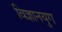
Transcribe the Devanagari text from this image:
विज्ञानयुग